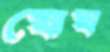
ঘোঘ